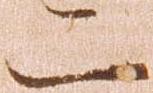
二